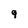
Character: 9